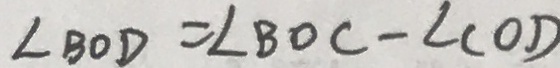
\angle B O D = \angle B O C - \angle C O D